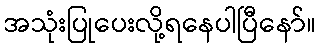
အသုံးပြုပေးလို့ရနေပါပြီနော်။